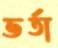
ভর্তা